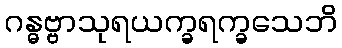
ဂန္ဓဗ္ဗာသုရယက္ခရက္ခသေဘိ